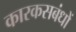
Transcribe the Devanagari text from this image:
कारकसबंधों